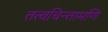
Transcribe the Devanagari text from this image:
तत्वचिन्तामणि